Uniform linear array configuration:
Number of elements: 64
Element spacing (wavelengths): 0.75
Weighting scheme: exponential
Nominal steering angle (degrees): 15
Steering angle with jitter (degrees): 13.878
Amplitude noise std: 0.05
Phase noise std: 0.05

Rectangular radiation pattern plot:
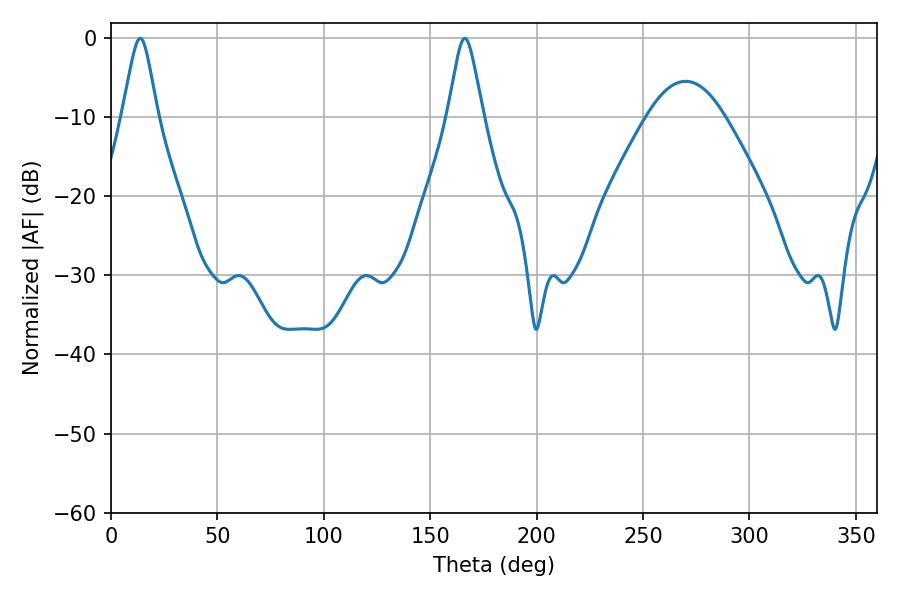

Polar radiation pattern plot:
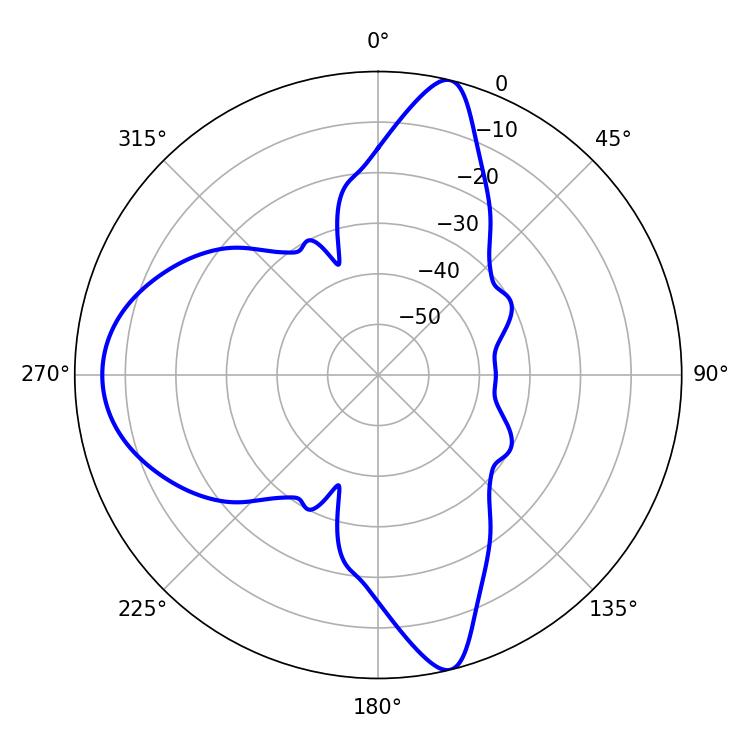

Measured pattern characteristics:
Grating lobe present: TRUE
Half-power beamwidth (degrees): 7.92
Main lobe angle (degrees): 13.68